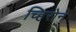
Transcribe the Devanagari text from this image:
च्हिरोन